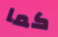
كما